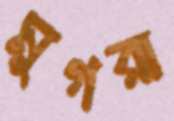
মুগরা